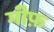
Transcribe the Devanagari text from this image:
मीफ़